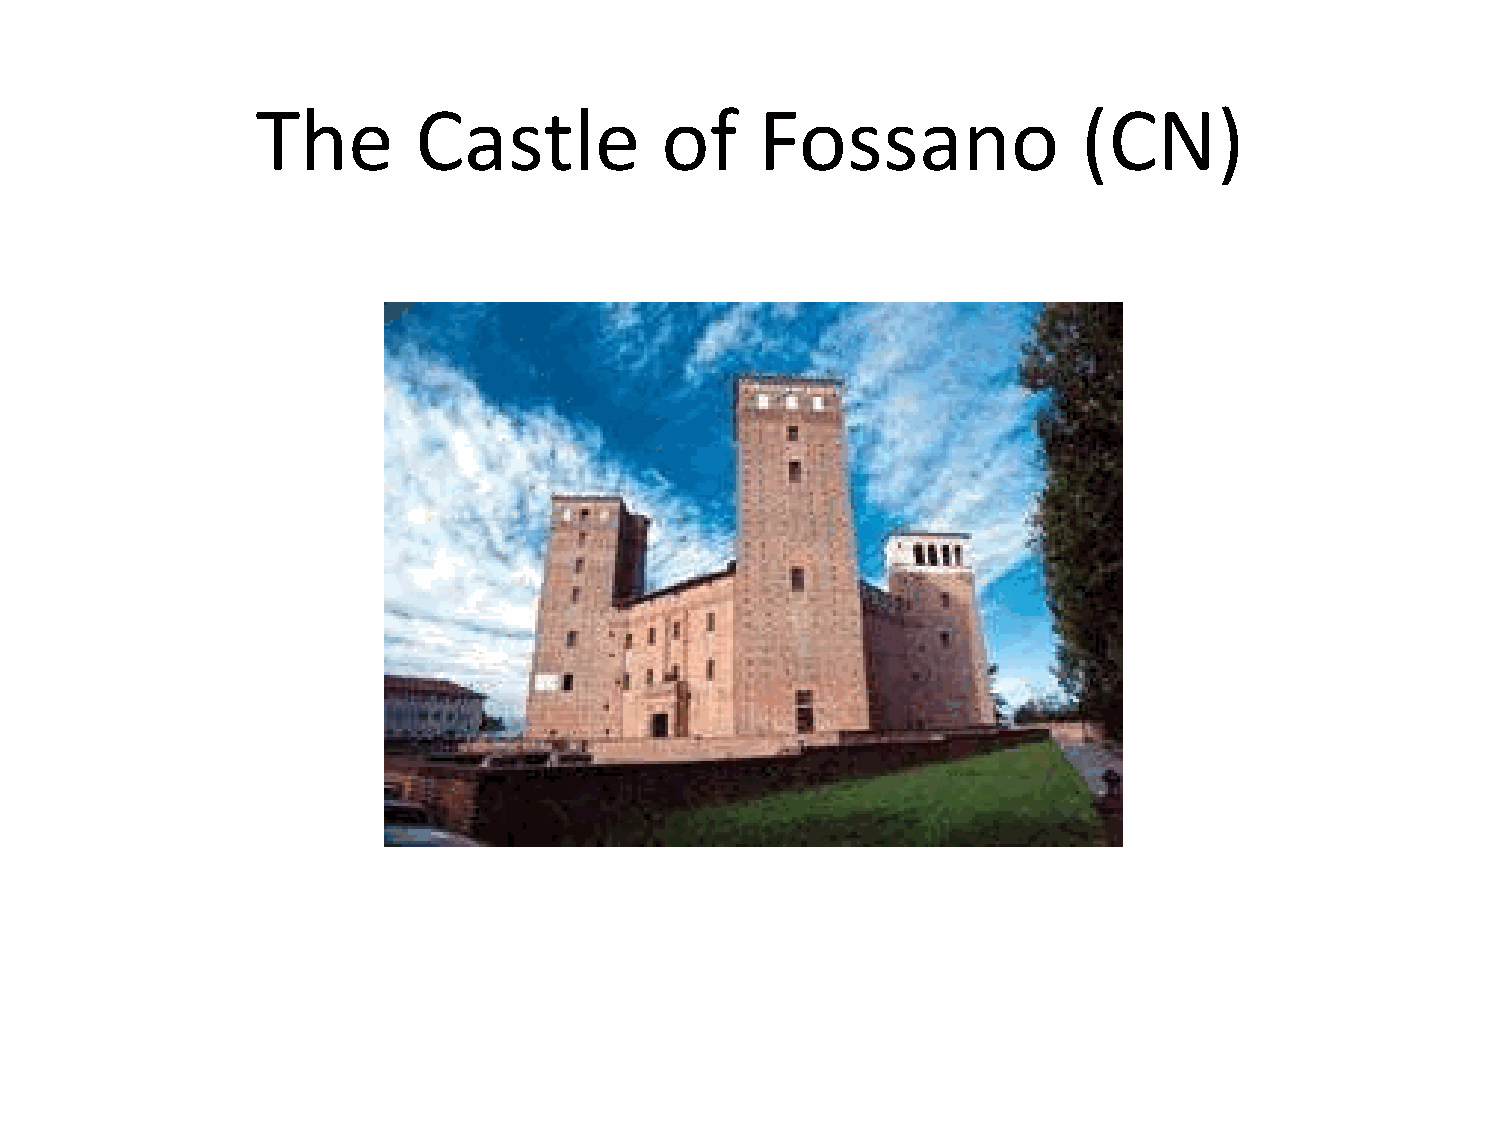
The       Castle           of    Fossano               (CN)